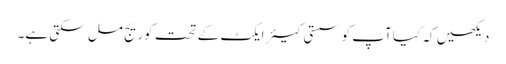
دیکھیں کہ کیا آپ کو سستی کیئر ایکٹ کے تحت کوریج مل سکتی ہے۔